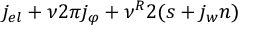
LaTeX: j _ { e l } + { { \nu } \o { 2 \pi } } j _ { \varphi } + { { \nu ^ { R } } \o 2 } ( s + { { j _ { w } } \o n } )